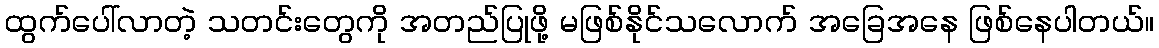
ထွက်ပေါ်လာတဲ့ သတင်းတွေကို အတည်ပြုဖို့ မဖြစ်နိုင်သလောက် အခြေအနေ ဖြစ်နေပါတယ်။